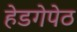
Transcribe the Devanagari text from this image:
हेडगेपेठ